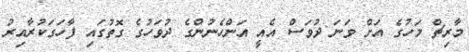
މާރިޗް މަހުގެ އަށް ވަނަ ދުވަސް އެއީ އަންހެނުންގެ ދުވަހުގެ ގޮތުގައި ފާހަގަކުރާއިރު